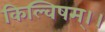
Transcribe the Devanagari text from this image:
किल्विषम्।।